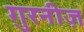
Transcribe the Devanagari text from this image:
गुरनीज़